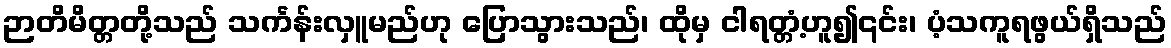
ဉာတိမိတ္တတို့သည် သင်္ကန်းလှူမည်ဟု ပြောသွားသည်၊ ထိုမှ ငါရတ္တံ့ဟူ၍၎င်း၊ ပံ့သကူရဖွယ်ရှိသည်